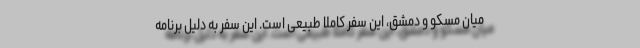
میان مسکو و دمشق، ‌این سفر کاملا طبیعی است. این سفر به دلیل برنامه